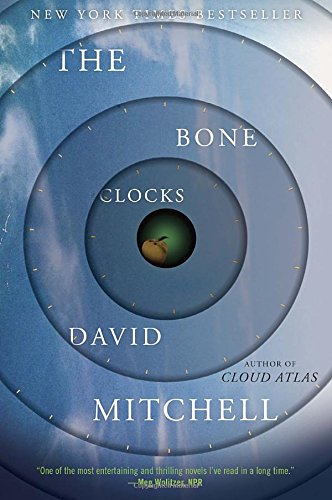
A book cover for The Bone Clocks: A Novel; David Mitchell; Science Fiction & Fantasy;